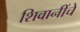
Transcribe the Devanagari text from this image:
शिवानींचे